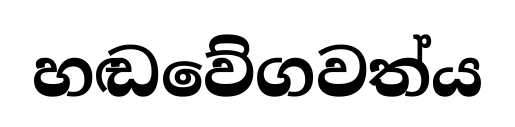
හඬවේගවත්ය